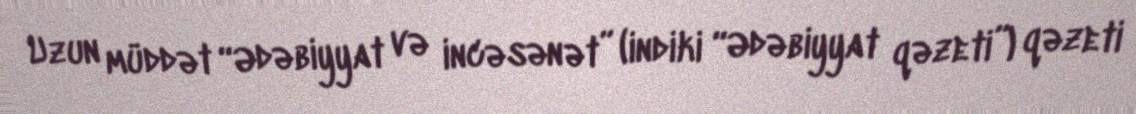
Uzun müddət “Ədəbiyyat və incəsənət” (indiki “Ədəbiyyat qəzeti”) qəzeti